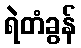
ရဲတံခွန်